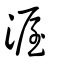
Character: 渥